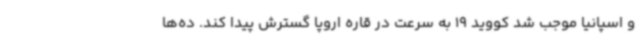
و اسپانیا موجب شد کووید 19 به سرعت در قاره اروپا گسترش پیدا کند. ده‌ها